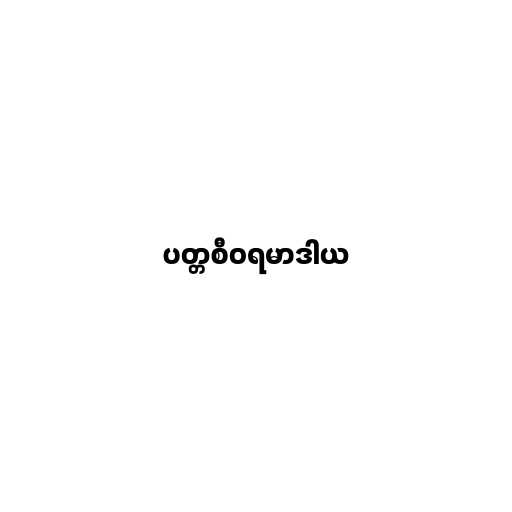
ပတ္တစီဝရမာဒါယ